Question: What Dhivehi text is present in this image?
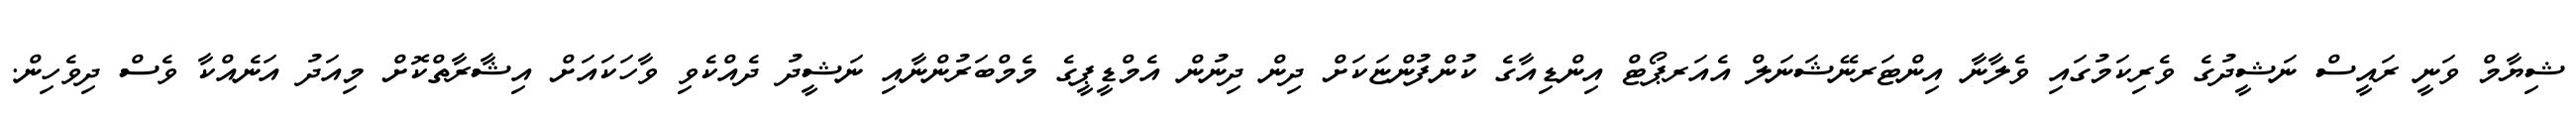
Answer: ޝިޔާމް ވަނީ ރައީސް ނަޝީދުގެ ވެރިކަމުގައި ވެލާނާ އިންޓަރނޭޝަނަލް އެއަރޕޯޓް އިންޑިއާގެ ކުންފުންޏަކަށް ދިން ދިނުން އެމްޑީޕީގެ މެމްބަރުންނާއި ނަޝީދު ދެއްކެވި ވާހަކައަށް އިޝާރާތްކޮށް މިއަދު އަނެއްކާ ވެސް ދިވެހިން.